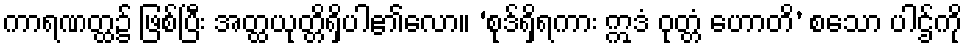
ကာရဏတ္ထ၌ ဖြစ်ပြီး အတ္ထယုတ္တိရှိပါ၏လော။ ‘စုဒ်ရှိရကား ဣဒံ ဝုတ္တံ ဟောတိ’ စသော ပါဌ်ကို